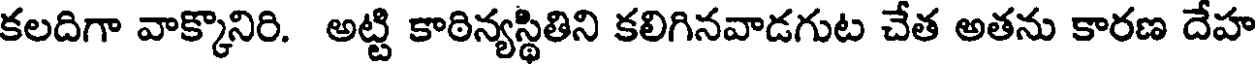
కలదిగా వాక్కొనిరి. అట్టి కాఠిన్యస్థితిని కలిగినవాడగుట చేత అతను కారణ దేహ